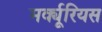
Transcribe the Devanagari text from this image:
मर्क्यूरियस